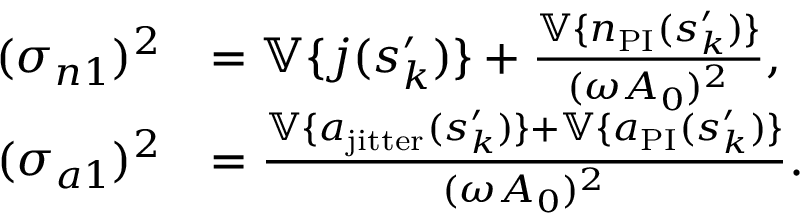
\begin{array} { r l } { ( \sigma _ { n 1 } ) ^ { 2 } } & { = \mathbb { V } \{ j ( s _ { k } ^ { \prime } ) \} + \frac { \mathbb { V } \{ n _ { \mathrm { P I } } ( s _ { k } ^ { \prime } ) \} } { ( \omega A _ { 0 } ) ^ { 2 } } , } \\ { ( \sigma _ { a 1 } ) ^ { 2 } } & { = \frac { \mathbb { V } \{ a _ { \mathrm { j i t t e r } } ( s _ { k } ^ { \prime } ) \} + \mathbb { V } \{ a _ { \mathrm { P I } } ( s _ { k } ^ { \prime } ) \} } { ( \omega A _ { 0 } ) ^ { 2 } } . } \end{array}